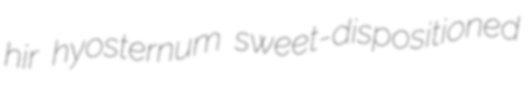
hir hyosternum sweet-dispositioned